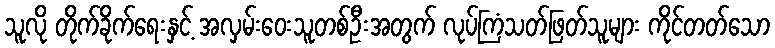
သူလို တိုက်ခိုက်ရေးနှင့် အလှမ်းဝေးသူတစ်ဦးအတွက် လုပ်ကြံသတ်ဖြတ်သူများ ကိုင်တတ်သော